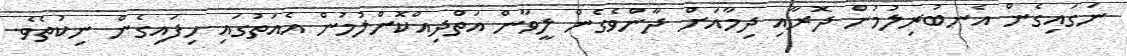
ނަގައިގެން އެނބުރިލުމުން ދޮރާއި ދިމާއަށް ދާންވެގެން ލީވާން އަތްދިއްކޮށްލުމުން އެއަތުގައި ހިފައިގެން ނިކުތެވެ.